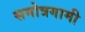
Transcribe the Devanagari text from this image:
सगोत्रगामी